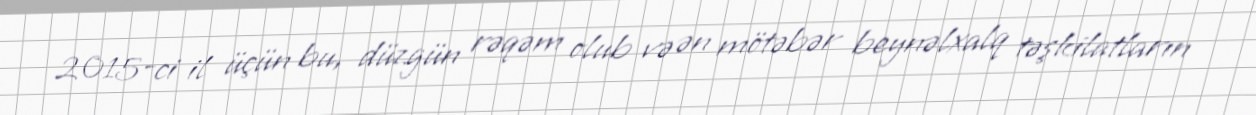
2015-ci il üçün bu, düzgün rəqəm olub və ən mötəbər beynəlxalq təşkilatların